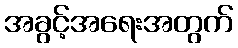
အခွင့်အရေးအတွက်